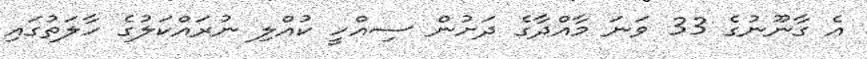
އެ ގާނޫނުގެ 33 ވަނަ މާއްދާގެ ދަށުން ސިއްހީ ކުއްލި ނުރައްކަލުގެ ހާލަތުގައި